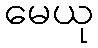
မေယု